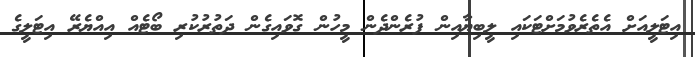
އިޓަލީއަށް އެތެރެވުމަށްޓަކައި ލީބިޔާއިން ފުރެންދެން މީހުން ގޮވައިގެން ދަތުރުކުރި ބޯޓެއް އިއްޔެރޭ އިޓަލީގެ